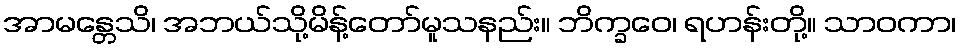
အာမန္တေသိ၊ အဘယ်သို့မိန့်တော်မူသနည်း။ ဘိက္ခဝေ၊ ရဟန်းတို့။ သာဝကာ၊